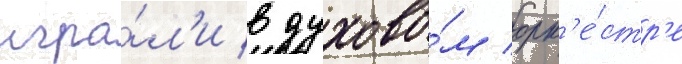
игра́л'и в духово́м орк'е́стр'е